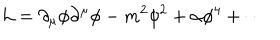
LaTeX: \mathcal { L } = \partial _ { \mu } \phi \partial ^ { \mu } \phi - m ^ { 2 } \phi ^ { 2 } + \alpha \phi ^ { 4 } + \cdots